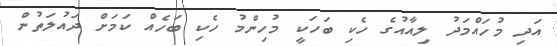
އަދި މުހައްމަދު ލިއާއުގެ ހެކި ބަހަކީ މުހިންމު ހެކި ބަހެއް ކަމަށް ދައުލަތުން